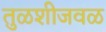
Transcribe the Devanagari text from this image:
तुळशीजवळ